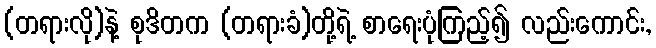
(တရားလို)နဲ့ စုဒိတက (တရားခံ)တို့ရဲ့ စာရေးပုံကြည့်၍ လည်းကောင်း,